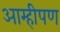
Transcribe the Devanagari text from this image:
आम्हीपण